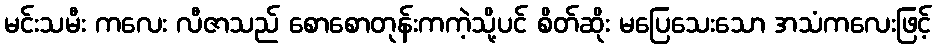
မင်းသမီး ကလေး လီဇာသည် စောစောတုန်းကကဲ့သို့ပင် စိတ်ဆိုး မပြေသေးသော အသံကလေးဖြင့်